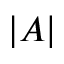
| A |